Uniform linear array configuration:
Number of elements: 32
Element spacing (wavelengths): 0.5
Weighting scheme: exponential
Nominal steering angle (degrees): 45
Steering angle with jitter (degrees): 46.813
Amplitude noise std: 0.05
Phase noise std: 0.05

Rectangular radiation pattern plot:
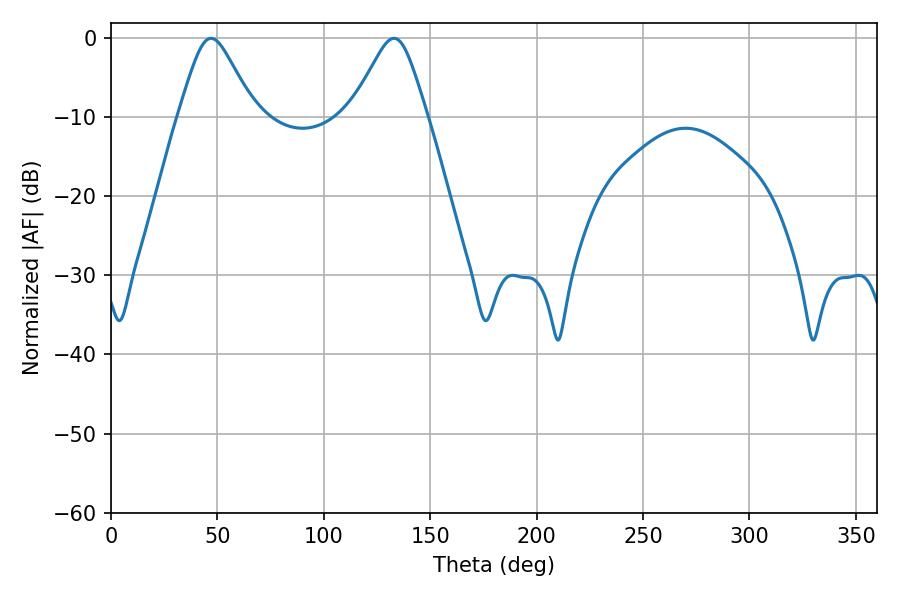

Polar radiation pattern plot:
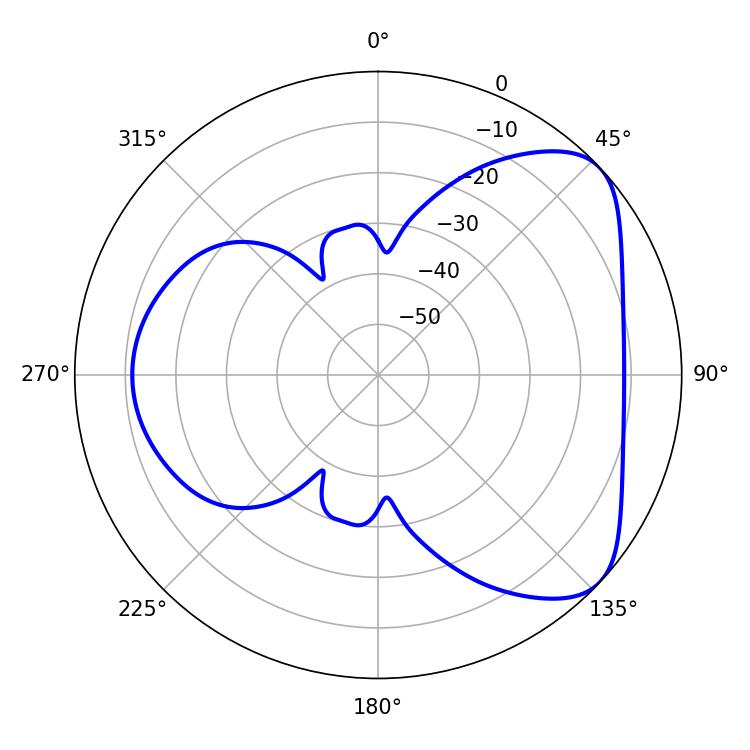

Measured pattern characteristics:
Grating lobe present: FALSE
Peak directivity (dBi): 5.849
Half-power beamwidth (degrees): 17.1
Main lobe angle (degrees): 46.98